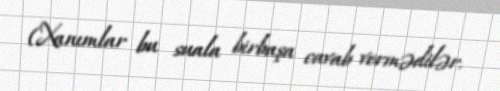
(Xanımlar bu suala birbaşa cavab vermədilər.